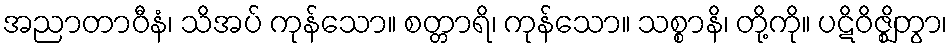
အညာတာဝီနံ၊ သိအပ် ကုန်သော။ စတ္တာရိ၊ ကုန်သော။ သစ္စာနိ၊ တို့ကို။ ပဋိဝိဇ္ဈိတွာ၊